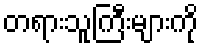
တရားသူကြီးများကို